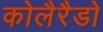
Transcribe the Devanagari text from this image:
कोलैरैडो